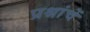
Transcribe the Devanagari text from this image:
प्रश्नांचें